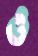
ও